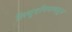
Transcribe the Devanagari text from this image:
लिथुएनियाकडून